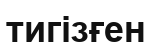
тигізғен